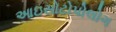
આઇસોટોપોલોગ